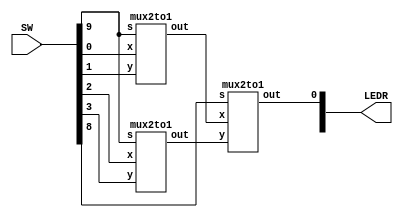

module mux(LEDR, SW);
	input [9:0] SW;
	output [9:0] LEDR;
	wire wire1;
	wire wire2;	
	
	mux2to1 u0(
		.x(SW[0]),
		.y(SW[1]),
		.s(SW[9]),
		.out(wire1)
		);
		
	mux2to1 u1(
		.x(SW[2]),
		.y(SW[3]),
		.s(SW[9]),
		.out(wire2)
		);
		
	mux2to1 u3(
		.x(wire1),
		.y(wire2),
		.s(SW[8]),
		.out(LEDR[0])
		);
		
endmodule

module mux2to1(x,y,s,out);
	input x;
	input y;
	input s;
	output out;
	
	assign out = y & s | ~s & x;
endmodule